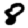
Digit: 8